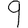
Digit: 9